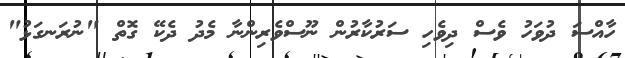
ހާއްސަ ދުވަހު ވެސް ދިވެހި ސަރުކާރުން ނޫސްވެރިންނާ މެދު ދެކޭ ގޮތް "ނުރަނގަޅު"